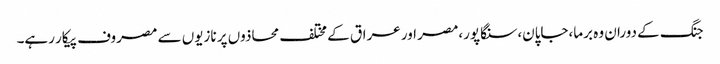
جنگ کے دوران وہ برما،جاپان،سنگاپور،مصر اور عراق کے مختلف محاذوں پر نازیوں سے مصروف پیکار رہے۔